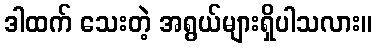
ဒါထက် သေးတဲ့ အရွယ်များရှိပါသလား။